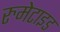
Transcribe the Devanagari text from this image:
रुमेटाइड